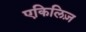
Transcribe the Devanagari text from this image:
एकिलिज़